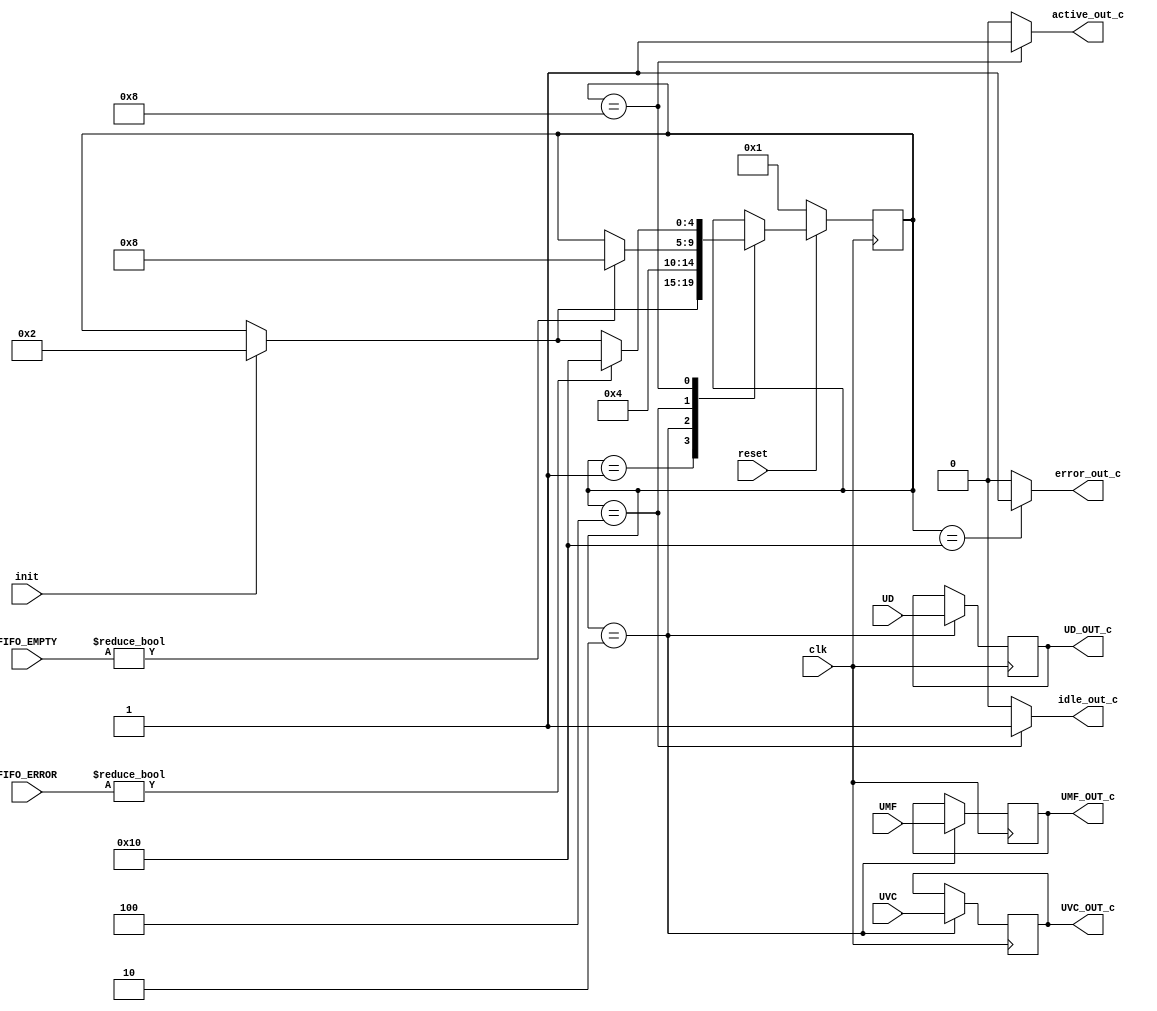
module FSM_c (input clk,
            input reset,
            input init, 
            input [7:0] UMF,     // [3:0] UMBRAL BAJO, [7:4] UMBRAL ALTO
            input [7:0] UVC, 
            input [7:0] UD, 
            input [4:0] FIFO_ERROR,
            input [4:0] FIFO_EMPTY,
            output reg error_out_c,
            output reg active_out_c,
            output reg idle_out_c,
            output reg [7:0] UMF_OUT_c,  
            output reg [7:0] UVC_OUT_c, 
            output reg [7:0] UD_OUT_c);

//--SEÑALES INTERNAS:
    reg [4:0] estado;
    reg [4:0] estado_proximo;
    wire [7:0] UMF, UVC, UD;


//--PARAMETROS:



//--ESTADOS:
    parameter [4:0] RESET =  5'b00001, 
                    INIT =   5'b00010, 
                    IDLE =   5'b00100, 
                    ACTIVE = 5'b01000, 
                    ERROR =  5'b10000;

//--LOGICA DE ESTADOS:

    always @(posedge clk) begin
        if (!reset) begin
            estado <= RESET;
        end
        else begin
            estado <= estado_proximo;    
        end

        if (estado == INIT) begin
            UMF_OUT_c <= UMF;
            UVC_OUT_c <= UVC;
            UD_OUT_c  <= UD;
        end
    end


//--LOGICA DE PROXIMO ESTADO:

    always @ (*) begin
        estado_proximo = estado;
        idle_out_c = 0;
        error_out_c = 0;
        active_out_c = 0;
        case (estado)
                
            RESET: begin
                if (init) begin 
                    estado_proximo = INIT;
                end    
            end
            
            INIT: begin
                    estado_proximo = IDLE;    
            end         


            IDLE: begin
                
                idle_out_c = 1;

                if (FIFO_EMPTY != 0) begin
                    estado_proximo = ACTIVE;
                end    

            end

            ACTIVE: begin
                active_out_c = 1;
                        
                if (FIFO_ERROR != 0) begin
                    estado_proximo = ERROR;
                end    
        
                else if(init) begin
                    estado_proximo = INIT;
                end
            end

            ERROR: begin
                error_out_c = 1;
                if (!reset) begin
                    estado_proximo = RESET;
                end    
            end
        
        endcase
        
    end

endmodule